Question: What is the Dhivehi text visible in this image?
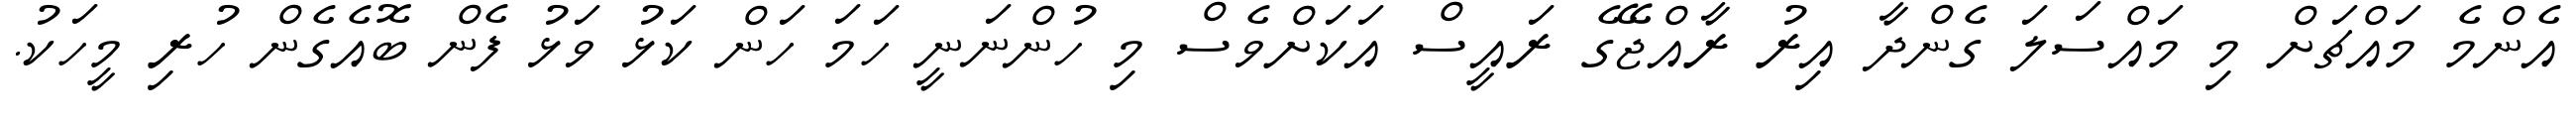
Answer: އެންމެ މައްޗަށް މި މައްސަލަ ގެންދާ އިރު ރާއްޖޭގެ ރައީސް އަކަށްވެސް މި ހުންނަނީ ހަމަ ހަން ކަޅު ވަޅު ފެން ބޮއެގެން ހުރި މީހަކު.